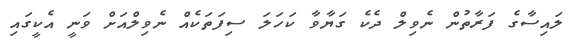
ލައިސާގެ ފަރާތުން ނެވިލް ދެކެ ގަޔާވާ ކަހަލަ ސިފަތަކެއް ނެވިލްއަށް ވަނީ އެކީގައި